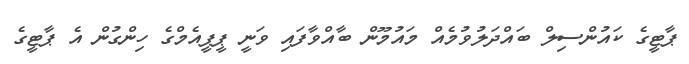
ޕާޓީގެ ކައުންސިލް ބައްދަލުވުމެއް މައުމޫން ބާއްވާފައި ވަނީ ޕީޕީއެމްގެ ހިންގުން އެ ޕާޓީގެ